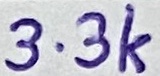
Text: 3.3k